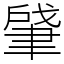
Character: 肈